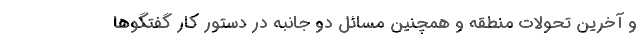
و آخرین تحولات منطقه و همچنین مسائل دو جانبه در دستور کار گفتگو‌ها